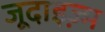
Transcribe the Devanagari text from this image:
जूदाइज़्म